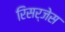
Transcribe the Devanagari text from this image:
रिसर्जेस